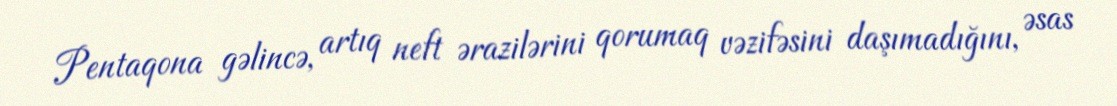
Pentaqona gəlincə, artıq neft ərazilərini qorumaq vəzifəsini daşımadığını, əsas